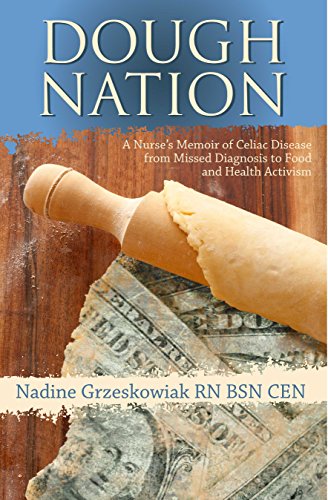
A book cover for Dough Nation: A Nurse's Memoir of Celiac Disease from Missed Diagnosis to Food and Health Activism; Nadine Grzeskowiak; Health, Fitness & Dieting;